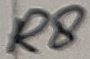
Text: R8